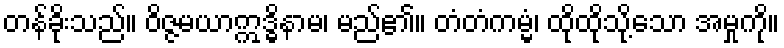
တန်ခိုးသည်။ ဝိဇ္ဇမယာဣဒ္ဓိနာမ၊ မည်၏။ တံတံကမ္မံ၊ ထိုထိုသို့သော အမှုကို။